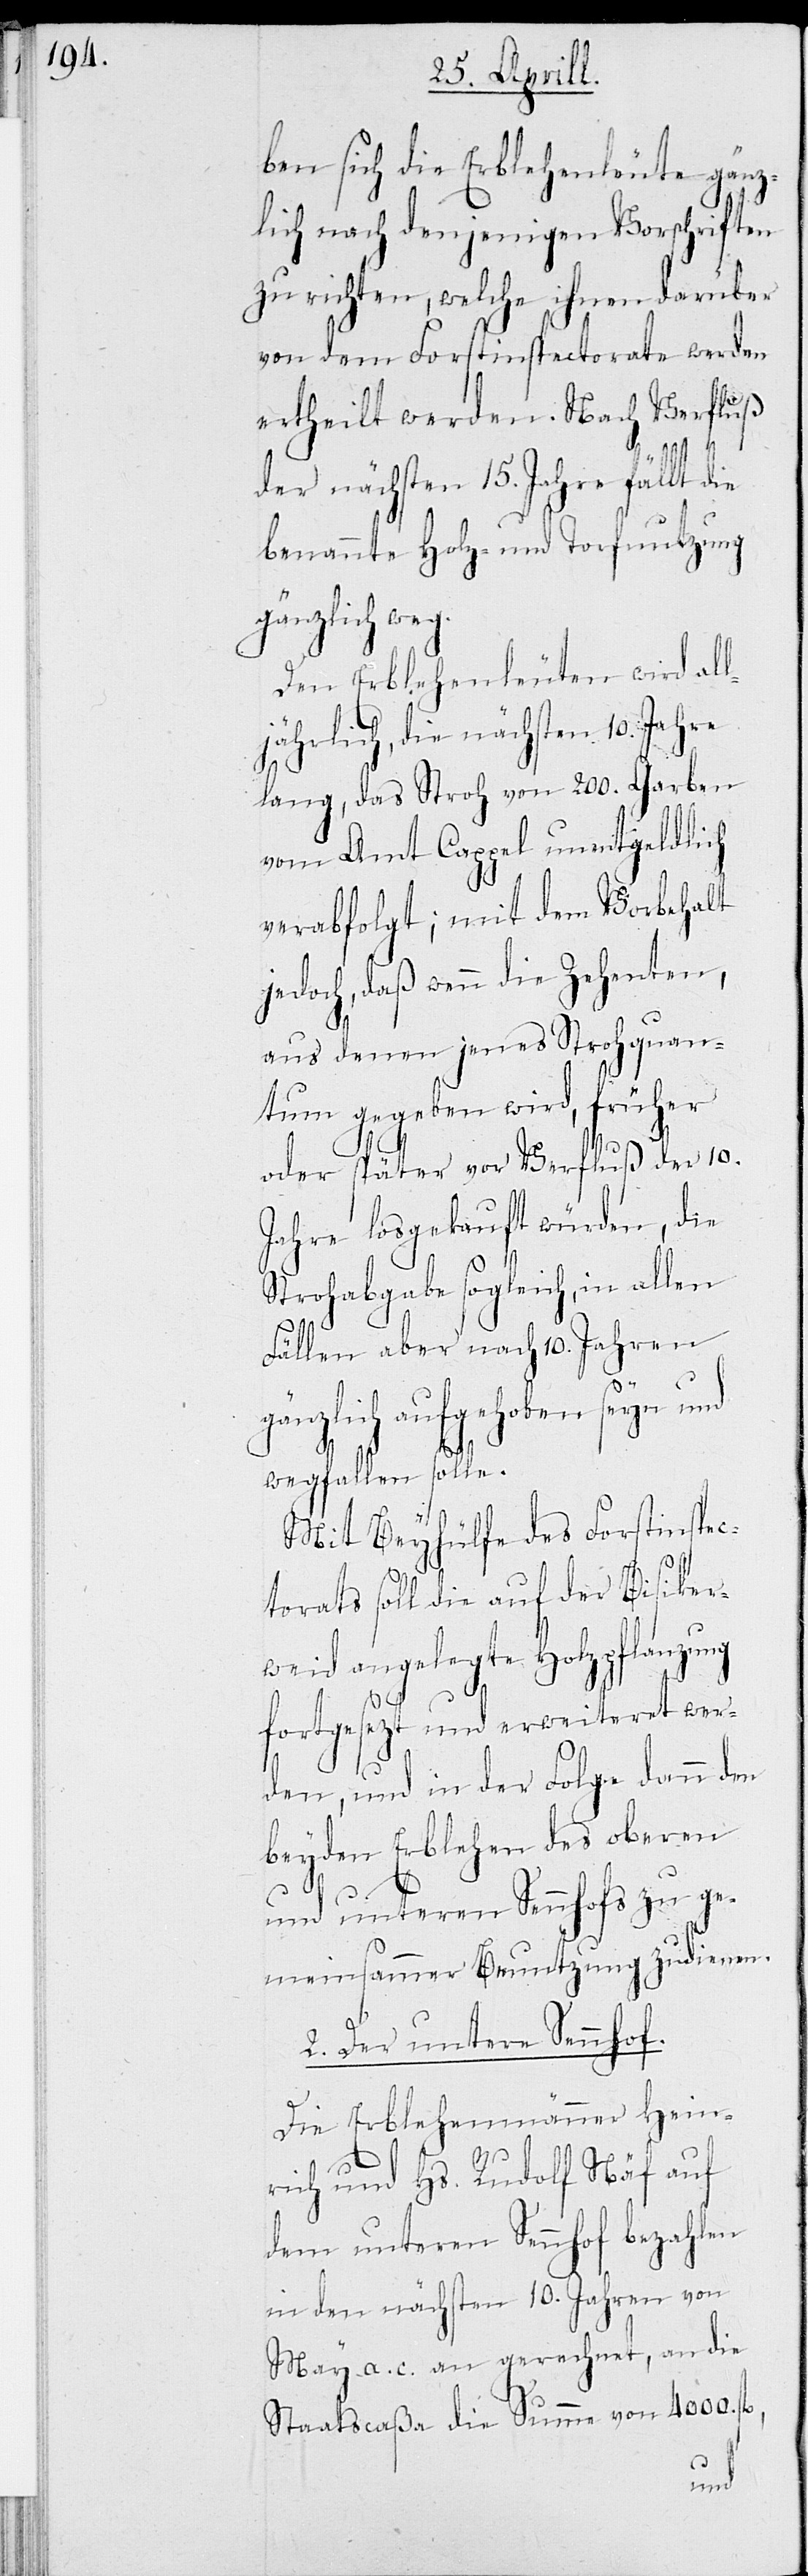
ben sich die Erblehenleute gänz¬
lich nach denjenigen Vorschriften
zu richten, welche ihnen darüber
von dem Forstinsprectorat werden
ertheilt werden. Nach Verfluß
g¬
der nächsten 15. Jahre fällt die
benannte Holz- und Torfnutzung
gänzlich weg.
Den Erblehenleuten wird all¬
jährlich, die nächsten. 10 Jahre
lang, das Stroh von 200. Garben
vom Amt Cappel unentgeldlich
verabfolgt; mit dem Vorbehalt
jedoch, daß wenn die Zehenten,
aus denen jenes Stohquan¬
tum gegeben wird, früher
oder später vor Verfluß der 10.
Jahre losgekauft würden, die
Strohgabe sogleich, in allen
Fällen aber nach 10. Jahren
änzlich aufgehoben seyn und
wegfallen solle.
Mit Beyhülfe des Forstinspec¬
torats soll die auf der Bisiker¬
weid angelegte Holzpflanzung
fortgesetzt und erweiteret wer¬
den, und in der Folge dann den
beyden Erblehen des oberen
und unteren Sennhofs zu ge¬
meinsammer Benutzung zu dienen.
2. Der untere Sennhof
Die Erblehensmänner Hein¬
rich und Hs. Rudolf Näf auf
dem unteren Sennhof bezahlen
in den nächsten 10. Jahren von
May a. c. an gerechnet, an die
Staatsacaßa die Summe von 4000.